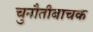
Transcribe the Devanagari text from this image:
चुनौतीबाचक